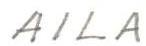
AILA